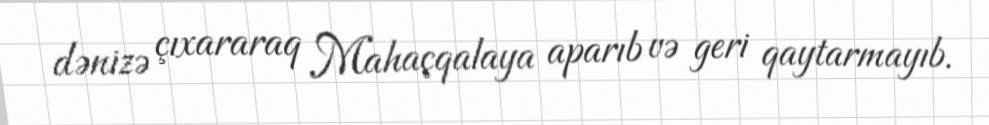
dənizə çıxararaq Mahaçqalaya aparıb və geri qaytarmayıb.